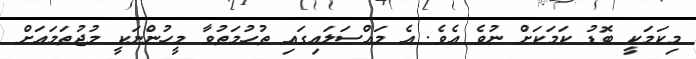
މިކަމަކީ ބޮޑު ކަމަކަށް ނުވެ އެވެ. އެ މައްސަލައިގައި ތުހުމަތުވާ މީހުންނަކީ މުޖުތަމައަށް